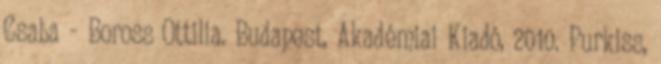
Csaba - Boross Ottilia. Budapest, Akadémiai Kiadó, 2010. Purkiss,